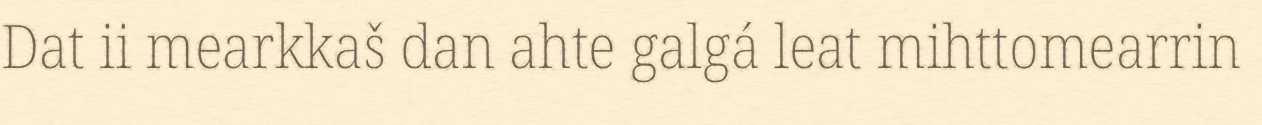
Dat ii mearkkaš dan ahte galgá leat mihttomearrin